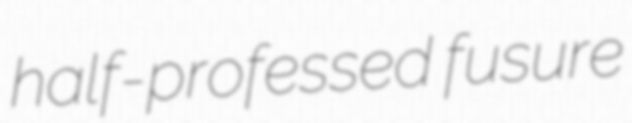
half-professed fusure